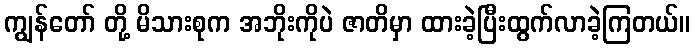
ကျွန်တော် တို့ မိသားစုက အဘိုးကိုပဲ ဇာတိမှာ ထားခဲ့ပြီးထွက်လာခဲ့ကြတယ်။